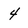
Character: 4